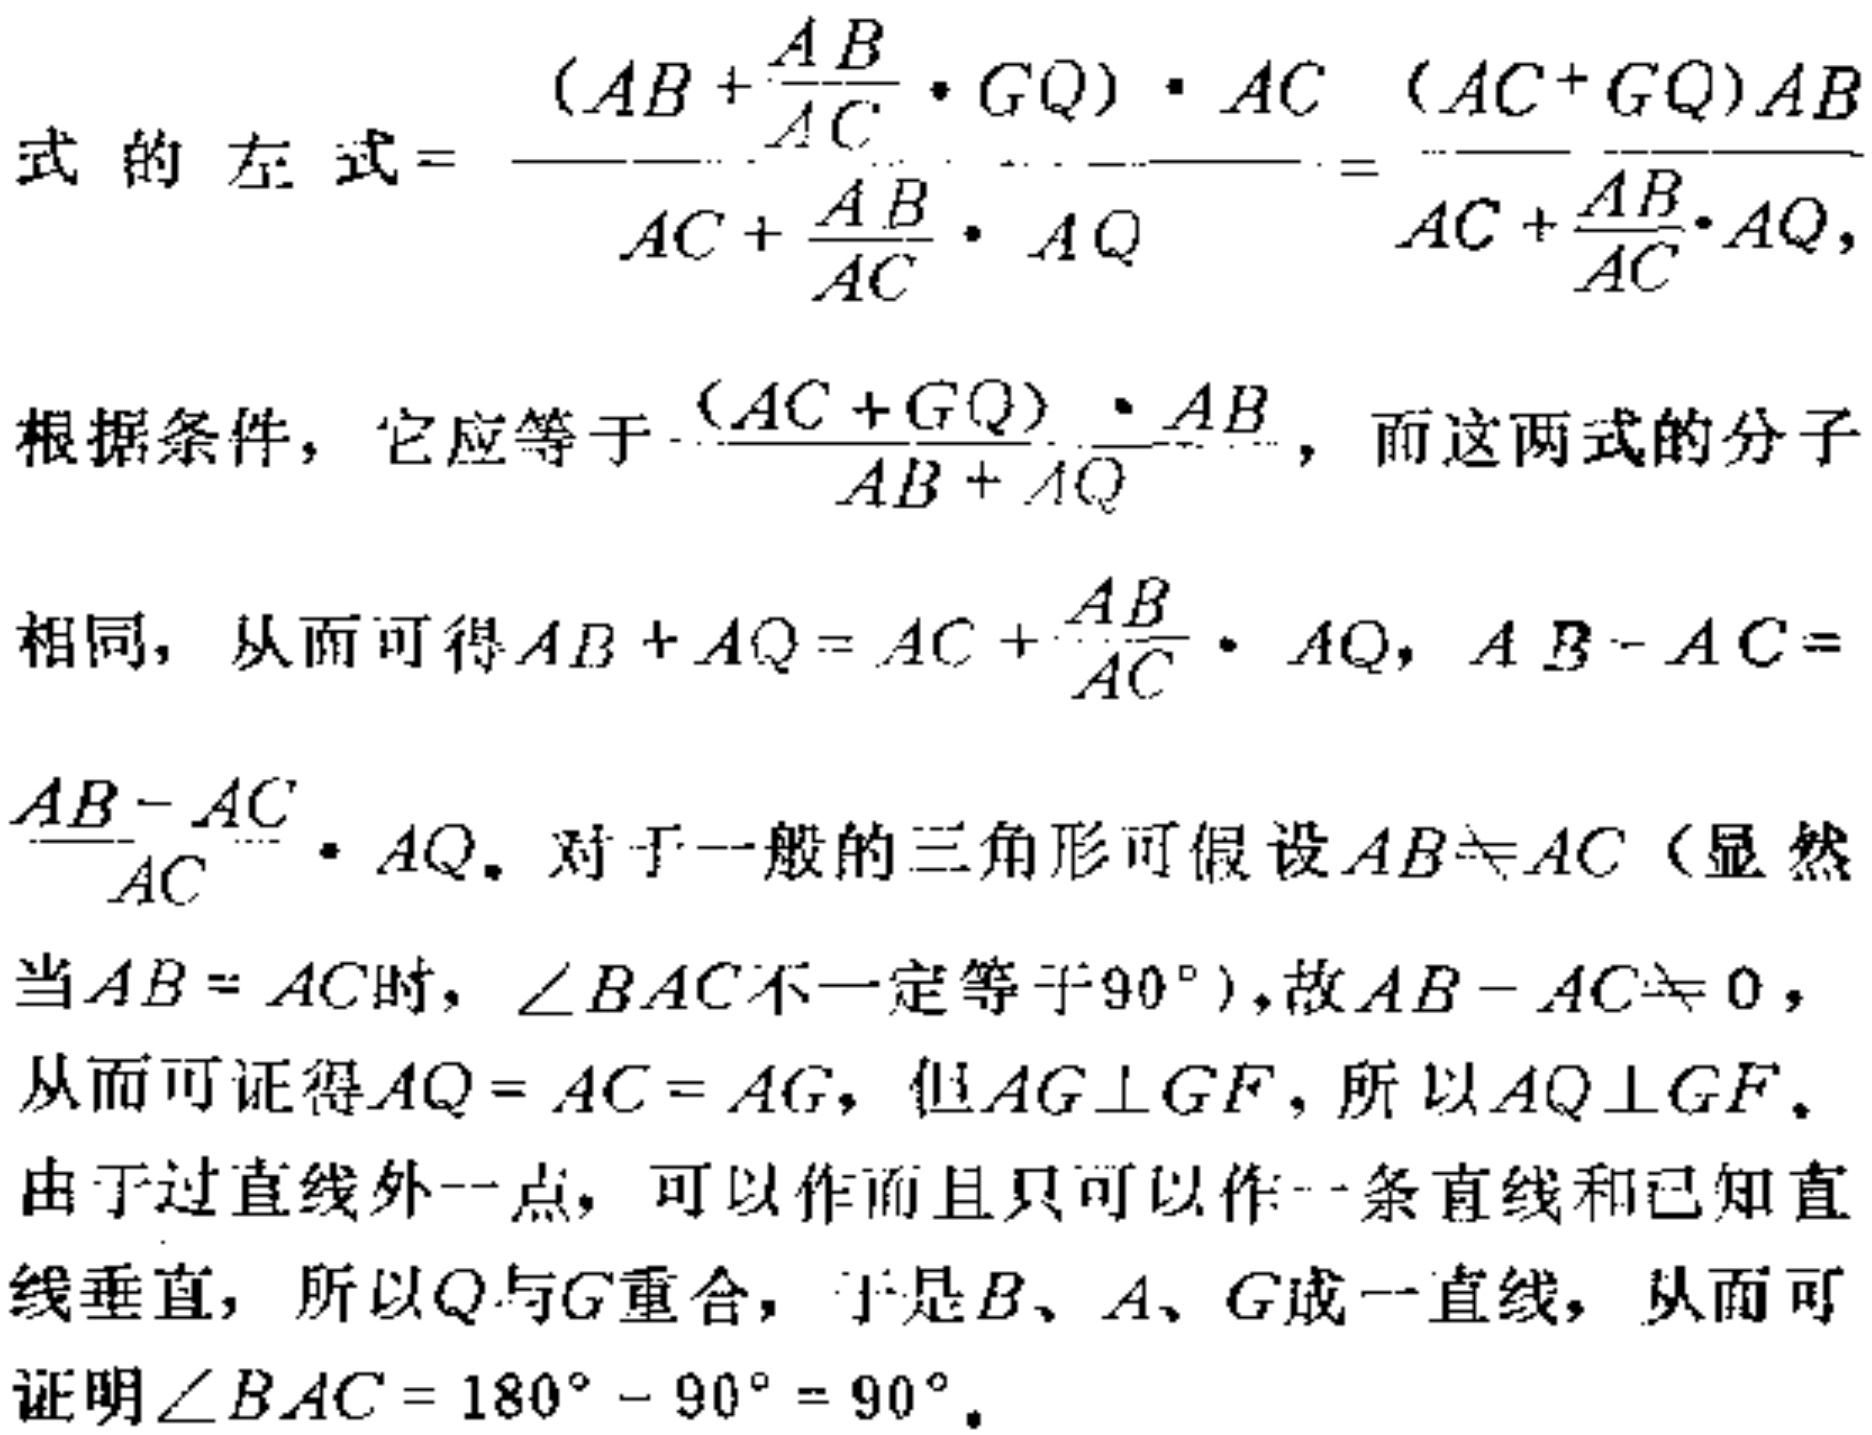
式的左式=\(\frac{(AB + \frac{AB}{AC} \cdot GQ) \cdot AC}{AC + \frac{AB}{AC} \cdot AQ}=\frac{(AC + GQ)AB}{AC + \frac{AB}{AC} \cdot AQ}\)，
根据条件，它应等于\(\frac{(AC + GQ) \cdot AB}{AB + AQ}\)，而这两式的分子
相同，从而可得\(AB + AQ = AC + \frac{AB}{AC} \cdot AQ\)，\(AB - AC =
\frac{AB - AC}{AC} \cdot AQ\)。对于一般的三角形可假设\(AB\neq AC\)（显然
当\(AB = AC\)时，\(\angle BAC\)不一定等于\(90^{\circ}\)），故\(AB - AC\neq 0\)，
从而可证得\(AQ = AC = AG\)，但\(AG\perp GF\)，所以\(AQ\perp GF\)。
由于过直线外一点，可以作而且只可以作一条直线和已知直线
垂直，所以\(Q\)与\(G\)重合，于是\(B\)、\(A\)、\(G\)成一直线，从而可
证明\(\angle BAC = 180^{\circ} - 90^{\circ} = 90^{\circ}\)。